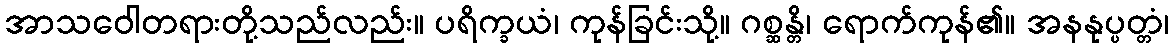
အာသဝေါတရားတို့သည်လည်း။ ပရိက္ခယံ၊ ကုန်ခြင်းသို့။ ဂစ္ဆန္တိ၊ ရောက်ကုန်၏။ အနနုပ္ပတ္တံ၊